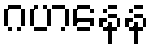
ဂဟနေန